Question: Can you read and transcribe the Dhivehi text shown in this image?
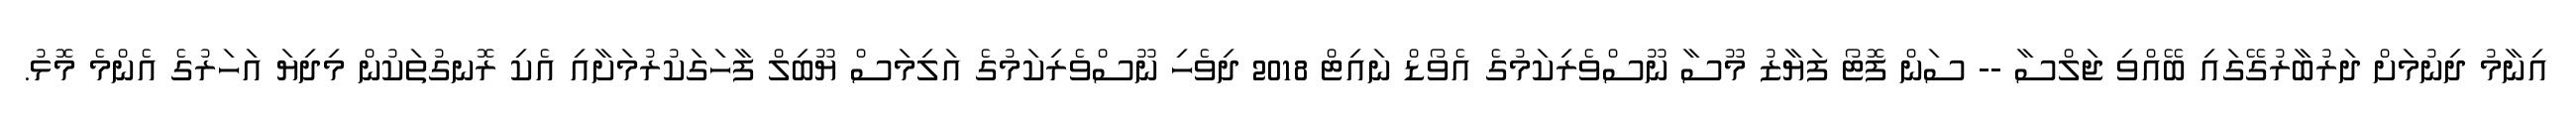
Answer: އިނާމު ދިނުމަށް ދަރުބާރުގޭގައި ބޭއްވި ޖަލްސާ -- ސަން ފޮޓޯ ފަޔާޒު މޫސާ ނޫސްވެރިކަމުގެ އެވޯޑް ނައިޓް 2018 ދިވެހި ނޫސްވެރިކަމުގެ އަލިމަސް ޔޫބިލް ފާހަގަކުރުމަށާއި އެކި ރޮނގުތަކުން މިދިޔަ އަހަރުގެ އެންމެ މޮޅު.